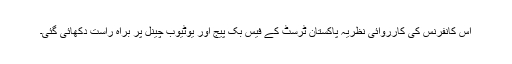
اس کانفرنس کی کارروائی نظریۂ پاکستان ٹرسٹ کے فیس بک پیج اور یوٹیوب چینل پر براہِ راست دکھائی گئی۔